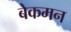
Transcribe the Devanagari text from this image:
बेकमन